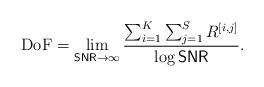
LaTeX: \begin{align*}\textrm{DoF} = \lim_{\textsf{SNR} \rightarrow \infty}\frac{\sum_{i=1}^{K}\sum_{j=1}^{S}R^{[i,j]}}{\log \textsf{SNR}}.\end{align*}